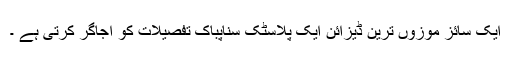
ایک سائز موزوں ترین ڈیزائن ایک پلاسٹک سناپباک تفصیلات کو اجاگر کرتی ہے ۔